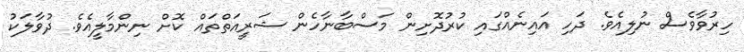
ހިރުވާވެސް ނުލިއެވެ. ދަހި އައިނެއްގައި ކުރުދޮށިން މަސްބާނާހެން ޝަރީއަތްތައް ކޮށް ނިންމާލީއެވެ. ދުވާލަކު